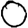
Digit: 0